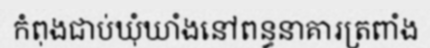
កំពុងជាប់ឃុំឃាំងនៅពន្ធនាគារត្រពាំង